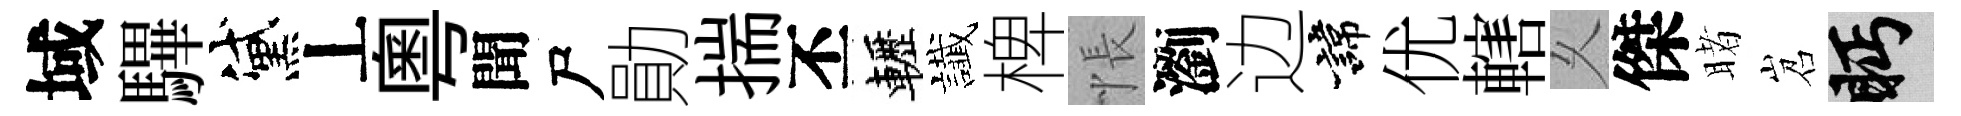
域驆黛丄粵聞尸勛揣丕轣䜟椑悵瀏边諱优轄乆傑睹岧眄